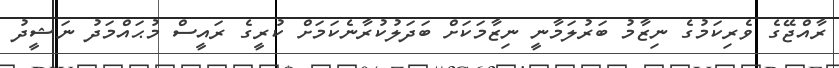
ރާއްޖޭގެ ވެރިކަމުގެ ނިޒާމު ބަރުލަމާނީ ނިޒާމަކަށް ބަދަލުކުރާނެކަމަށް ކުރީގެ ރައީސް މުޙައްމަދު ނަޝީދު